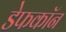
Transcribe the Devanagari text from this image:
डेफकॉन